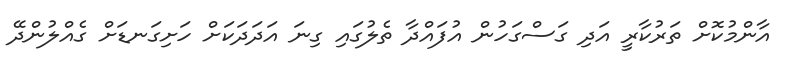
އާންމުކޮށް ތަރުކާރީ އަދި ގަސްގަހުން އުފައްދާ ތެލުގައި ގިނަ އަދަދަކަށް ހަށިގަނޑަށް ގެއްލުންދޭ